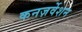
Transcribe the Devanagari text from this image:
कनज़र्वेशन